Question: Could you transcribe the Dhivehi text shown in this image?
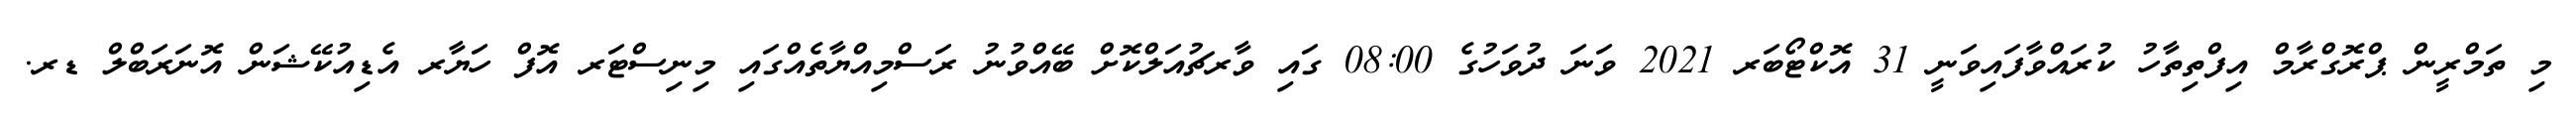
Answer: މި ތަމްރީން ޕްރޮގްރާމް އިފްތިތާހު ކުރައްވާފައިވަނީ 31 އޮކްޓޯބަރ 2021 ވަނަ ދުވަހުގެ 08:00 ގައި ވާރޗުއަލްކޮށް ބޭއްވުނު ރަސްމިއްޔާތެއްގައި މިނިސްޓަރ އޮފް ހަޔާރ އެޑިއުކޭޝަން އޮނަރަބްލް ޑރ.